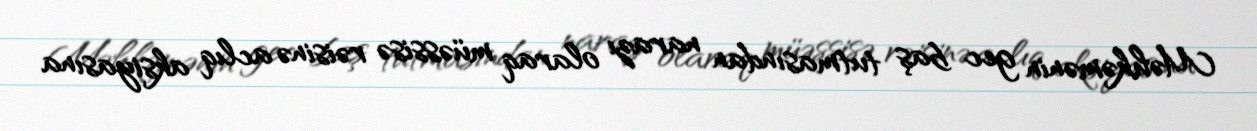
Məhkəmənin gec baş tutmasından narazı olaraq müəssisə rəisinə aclıq aksiyasına